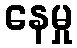
နေမှု